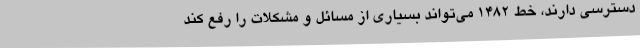
دسترسی دارند، خط ۱۴۸۲ می‌تواند بسیاری از مسائل و مشکلات را رفع کند